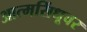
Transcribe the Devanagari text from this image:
आत्मसिंधूवर